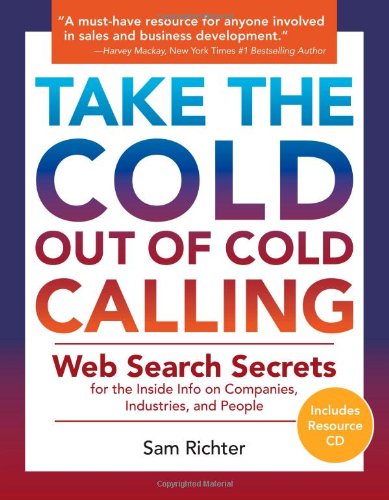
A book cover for Take the Cold Out of Cold Calling; Sam Richter; Computers & Technology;